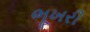
ભૂખરી